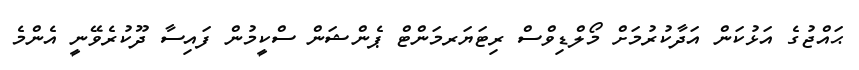
ޙައްޖުގެ އަޅުކަން އަދާކުރުމަށް މޯލްޑިވްސް ރިޓަޔަރމަންޓް ޕެންޝަން ސްކީމުން ފައިސާ ދޫކުރެވޭނީ އެންމެ